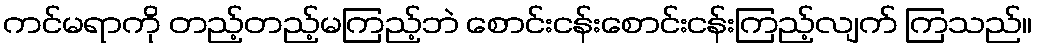
ကင်မရာကို တည့်တည့်မကြည့်ဘဲ စောင်းငန်းစောင်းငန်းကြည့်လျက် ကြသည်။